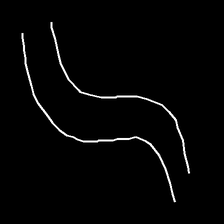
Glyph: float